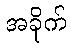
အခိုက်